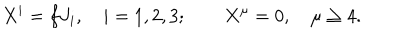
X ^ { i } = f J _ { i } , \quad i = 1 , 2 , 3 ; \quad \quad X ^ { \mu } = 0 , \quad \mu \geq 4 .